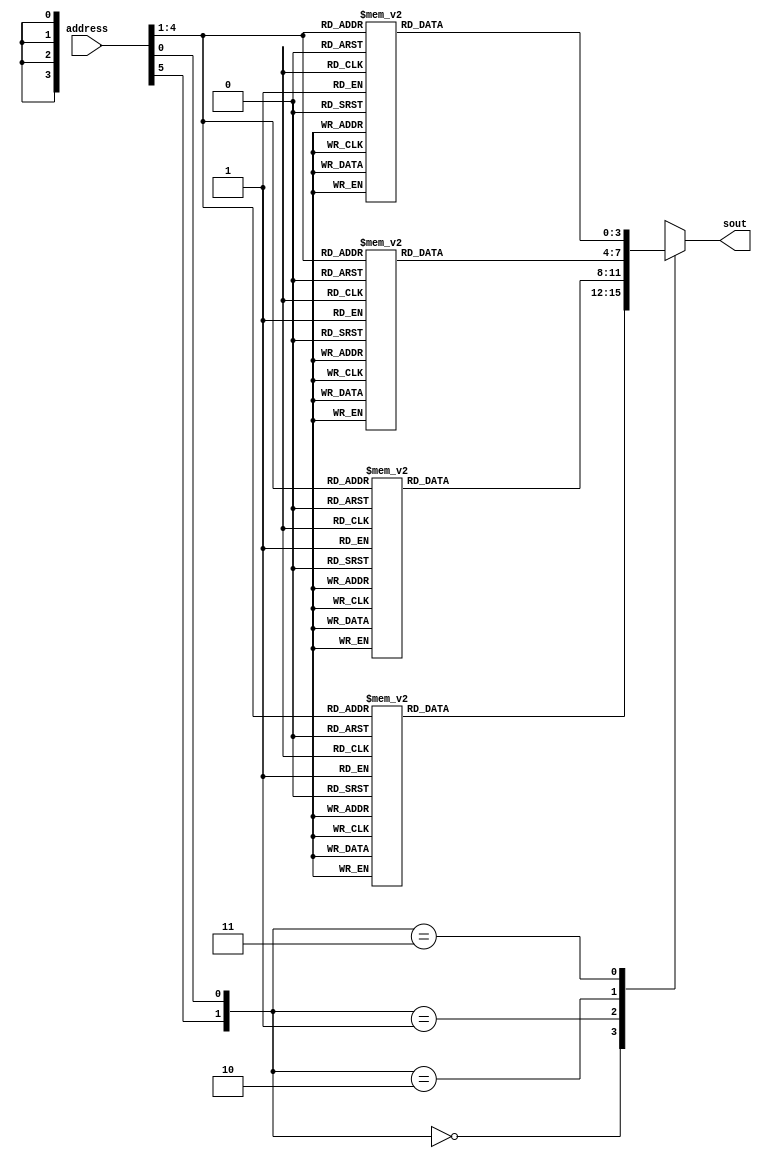
module S2_ROM(address, sout);

	input [5:0] address;
	output reg [3:0] sout;

	wire [1:0] row;
	wire [3:0] col;

	assign row = {address[5], address[0]};
	assign col = address[4:1];

	always @(address) begin
		case(row)

			0:
				case(col)
					0: sout = 15; 
					1: sout = 1;
					2: sout = 8;
					3: sout = 14;
					4: sout = 6;
					5: sout = 11;
					6: sout = 3;
					7: sout = 4;
					8: sout = 9;
					9: sout = 7;
					10: sout = 2;
					11: sout = 13;
					12: sout = 12;
					13: sout = 0;
					14: sout = 5;
					15: sout = 10;
				endcase

			1:
				case(col)
                                        0: sout = 3;
                                        1: sout = 13;
                                        2: sout = 4;
                                        3: sout = 7;
                                        4: sout = 15;
                                        5: sout = 2;
                                        6: sout = 8;
                                        7: sout = 14;
                                        8: sout = 12;
                                        9: sout = 0;
                                        10: sout = 1;
                                        11: sout = 10;
                                        12: sout = 6;
                                        13: sout = 9;
                                        14: sout = 11;
                                        15: sout = 5;
				endcase

			2:
				case(col)
                                        0: sout = 0;
                                        1: sout = 14;
                                        2: sout = 7;
                                        3: sout = 11;
                                        4: sout = 10;
                                        5: sout = 4;
                                        6: sout = 13;
                                        7: sout = 1;
                                        8: sout = 5;
                                        9: sout = 8;
                                        10: sout = 12;
                                        11: sout = 6;
                                        12: sout = 9;
                                        13: sout = 3;
                                        14: sout = 2;
                                        15: sout = 15;

				endcase

			3:
				case(col)
                                        0: sout = 13;
                                        1: sout = 8;
                                        2: sout = 10;
                                        3: sout = 1;
                                        4: sout = 3;
                                        5: sout = 15;
                                        6: sout = 4;
                                        7: sout = 2;
                                        8: sout = 11;
                                        9: sout = 6;
                                        10: sout = 7;
                                        11: sout = 12;
                                        12: sout = 0;
                                        13: sout = 5;
                                        14: sout = 14;
                                        15: sout = 9;

				endcase
		endcase
	end 	

endmodule